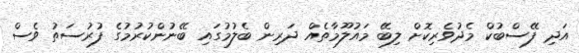
އަދި ފޭސްބުކް މެދުވެރިކޮށް ލިބޭ މައުލޫމާތެއް ދަރިން ބެލުމުގައި ބޭނުންކުރުމުގެ ފުރުސަތު ވެސް